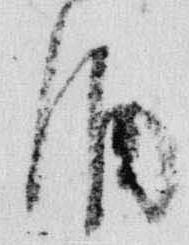
酒